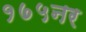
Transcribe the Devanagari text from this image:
१७५नर